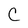
Character: C